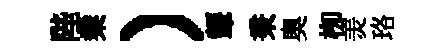
陛業）顰秉奧栁羙珞